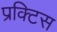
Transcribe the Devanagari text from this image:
प्रक्‍टिस